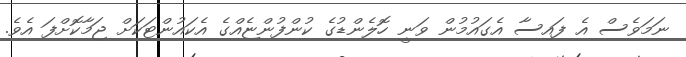
ނަމަވެސް އެ ފައިސާ އެގައުމުން ވަނީ ހޮލެންޑުގެ ކުންފުންޏެއްގެ އެކައުންޓަކަށް ޖަމާކޮށްފަ އެވެ.